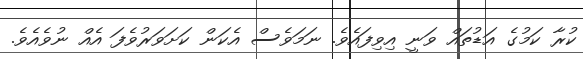
ކުރާ ކަމުގެ އަޑުތައް ވަނީ އިވިފައެވެ. ނަމަވެސް އެކަން ކަށަވަރުވެފަ އެއް ނުވެއެވެ.